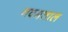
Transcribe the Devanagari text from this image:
नवमताल